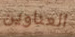
العناوين